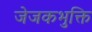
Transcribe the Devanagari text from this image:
जेजकभुक्ति